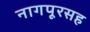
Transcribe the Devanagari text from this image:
नागपूरसह